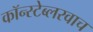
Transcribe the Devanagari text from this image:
कॉन्स्टेब्लरवाच